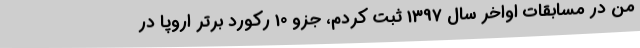
من در مسابقات اواخر سال 1397 ثبت کردم، جزو 10 رکورد برتر اروپا در